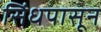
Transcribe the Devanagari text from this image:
सिंधपासून